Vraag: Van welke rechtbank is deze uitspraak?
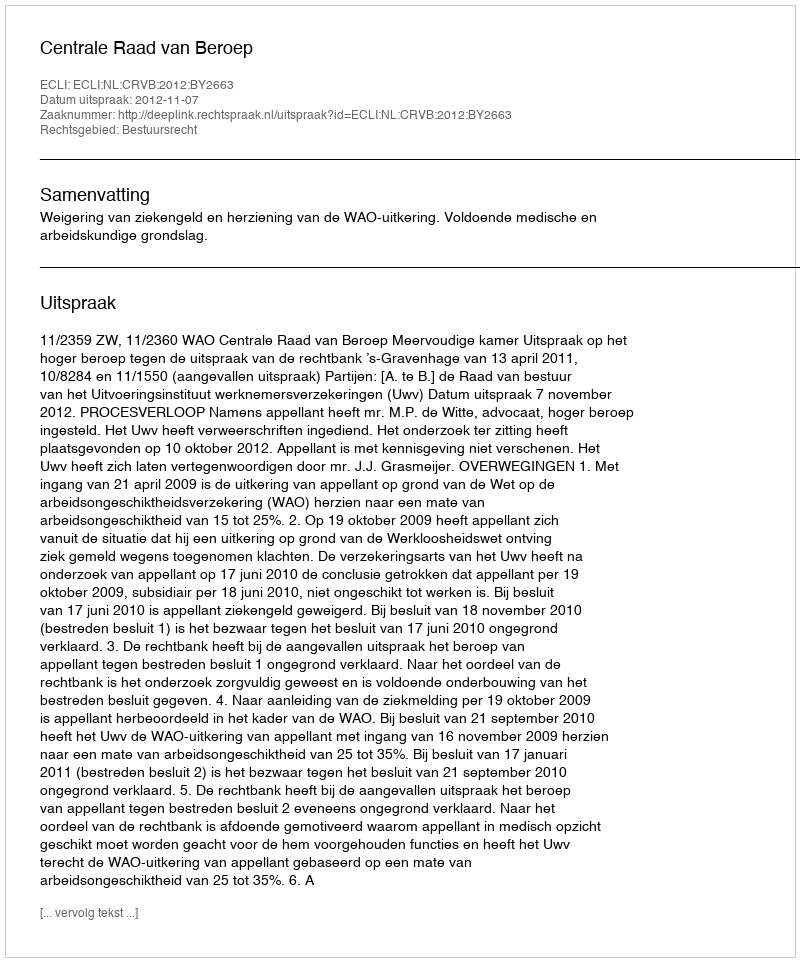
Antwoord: Centrale Raad van Beroep